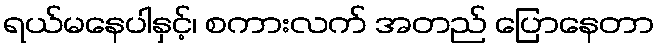
ရယ်မနေပါနှင့်၊ စကားလက် အတည် ပြောနေတာ